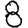
Digit: 8